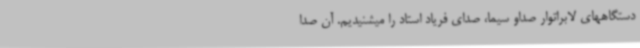
دستگاههای لابراتوار صداو سیما، صدای فریاد استاد را میشنیدیم. آن صدا